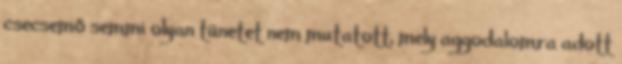
csecsemő semmi olyan tünetet nem mutatott, mely aggodalomra adott